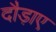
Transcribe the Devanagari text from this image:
दौड़ाए